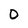
Character: 0